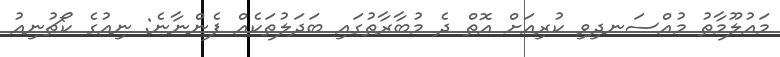
މައުލޫމާތު މުއްސަނދިވި ކުރިއަށް އޮތް ދެ މުބާރާތުގައި ބަދަލުތަކެއް ފެންނާނެ: ނިއުގެ ކޯޗުނިއު